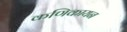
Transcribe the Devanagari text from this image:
कणिकायन